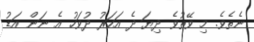
ނެތެވެ. މި ވޭތުވެ ދިޔަ ދެ އަހަރު ދުވަހު އެ ނަން އަޑު